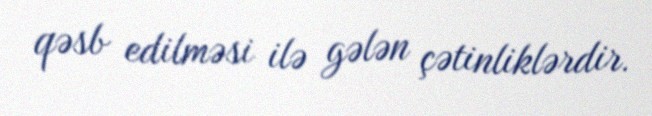
qəsb edilməsi ilə gələn çətinliklərdir.